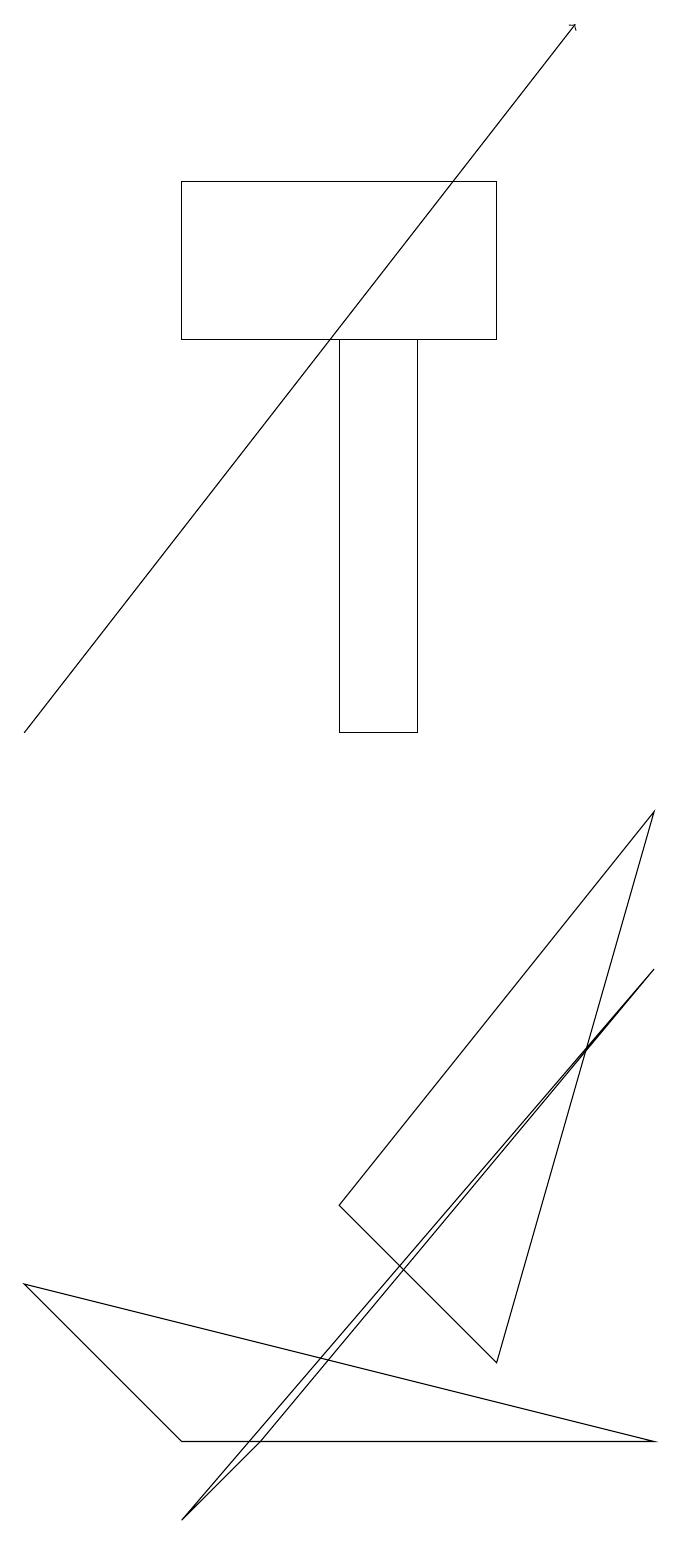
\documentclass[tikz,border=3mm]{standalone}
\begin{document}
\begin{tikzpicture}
\draw (0,3) -- (8,1) -- (2,1) -- cycle;
\draw (6,2) -- (4,4) -- (8,9) -- cycle;
\draw (5,15) rectangle (4,10);
\draw (2,0) -- (3,1) -- (8,7) -- cycle;
\draw[->] (0,10) -- (7,19);
\draw (2,15) rectangle (6,17);
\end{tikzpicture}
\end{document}